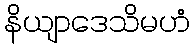
နိယျာဒေသိမဟံ